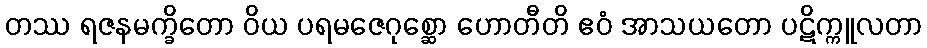
တဿ ရဇနမက္ခိတော ဝိယ ပရမဇေဂုစ္ဆော ဟောတီတိ ဧဝံ အာသယတော ပဋိက္ကူလတာ